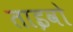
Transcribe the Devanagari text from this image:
ताइवो